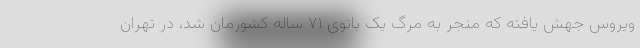
ویروس جهش یافته که منجر به مرگ یک بانوی ۷۱ ساله کشورمان شد، در تهران